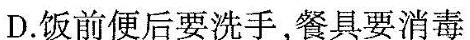
D.饭前便后要洗手，餐具要消毒